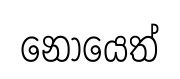
නොයෙත්